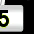
Digit: 5